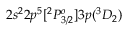
2 s ^ { 2 } 2 p ^ { 5 } [ ^ { 2 } P _ { 3 / 2 } ^ { o } ] 3 p ( ^ { 3 } D _ { 2 } )